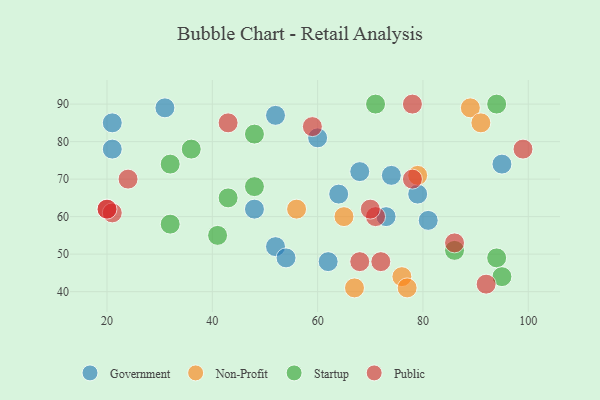
{"axis": {"x": "GDP", "y": "Life Expectancy"}, "legend": ["Government", "Non-Profit", "Public", "Startup"], "data": [{"x": "74", "y": 71, "type": "Government"}, {"x": "60", "y": 81, "type": "Government"}, {"x": "52", "y": 52, "type": "Government"}, {"x": "64", "y": 66, "type": "Government"}, {"x": "21", "y": 78, "type": "Government"}, {"x": "79", "y": 66, "type": "Government"}, {"x": "62", "y": 48, "type": "Government"}, {"x": "68", "y": 72, "type": "Government"}, {"x": "73", "y": 60, "type": "Government"}, {"x": "54", "y": 49, "type": "Government"}, {"x": "21", "y": 85, "type": "Government"}, {"x": "52", "y": 87, "type": "Government"}, {"x": "31", "y": 89, "type": "Government"}, {"x": "48", "y": 62, "type": "Government"}, {"x": "81", "y": 59, "type": "Government"}, {"x": "95", "y": 74, "type": "Government"}, {"x": "56", "y": 62, "type": "Non-Profit"}, {"x": "65", "y": 60, "type": "Non-Profit"}, {"x": "89", "y": 89, "type": "Non-Profit"}, {"x": "79", "y": 71, "type": "Non-Profit"}, {"x": "67", "y": 41, "type": "Non-Profit"}, {"x": "76", "y": 44, "type": "Non-Profit"}, {"x": "91", "y": 85, "type": "Non-Profit"}, {"x": "77", "y": 41, "type": "Non-Profit"}, {"x": "41", "y": 55, "type": "Startup"}, {"x": "94", "y": 49, "type": "Startup"}, {"x": "32", "y": 74, "type": "Startup"}, {"x": "48", "y": 82, "type": "Startup"}, {"x": "43", "y": 65, "type": "Startup"}, {"x": "36", "y": 78, "type": "Startup"}, {"x": "95", "y": 44, "type": "Startup"}, {"x": "48", "y": 68, "type": "Startup"}, {"x": "94", "y": 90, "type": "Startup"}, {"x": "86", "y": 51, "type": "Startup"}, {"x": "71", "y": 90, "type": "Startup"}, {"x": "32", "y": 58, "type": "Startup"}, {"x": "24", "y": 70, "type": "Public"}, {"x": "86", "y": 53, "type": "Public"}, {"x": "71", "y": 60, "type": "Public"}, {"x": "20", "y": 62, "type": "Public"}, {"x": "92", "y": 42, "type": "Public"}, {"x": "21", "y": 61, "type": "Public"}, {"x": "78", "y": 70, "type": "Public"}, {"x": "72", "y": 48, "type": "Public"}, {"x": "59", "y": 84, "type": "Public"}, {"x": "20", "y": 62, "type": "Public"}, {"x": "70", "y": 62, "type": "Public"}, {"x": "78", "y": 90, "type": "Public"}, {"x": "68", "y": 48, "type": "Public"}, {"x": "43", "y": 85, "type": "Public"}, {"x": "99", "y": 78, "type": "Public"}]}